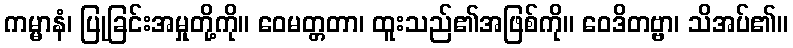
ကမ္မာနံ၊ ပြုခြင်းအမှုတို့ကို။ ဝေမတ္တတာ၊ ထူးသည်၏အဖြစ်ကို။ ဝေဒိတဗ္ဗာ၊ သိအပ်၏။